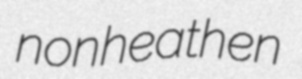
nonheathen